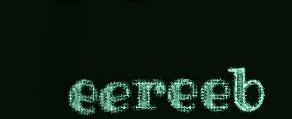
eereeb